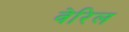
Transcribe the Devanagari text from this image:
वेरिल